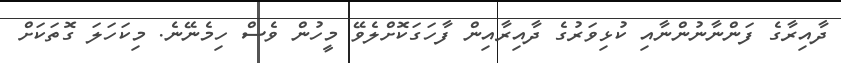
ދާއިރާގެ ފަންނާނުންނާއި ކުޅިވަރުގެ ދާއިރާއިން ފާހަގަކޮށްލެވޭ މީހުން ވެސް ހިމެނޭނެ. މިކަހަލަ ގޮތަކަށް